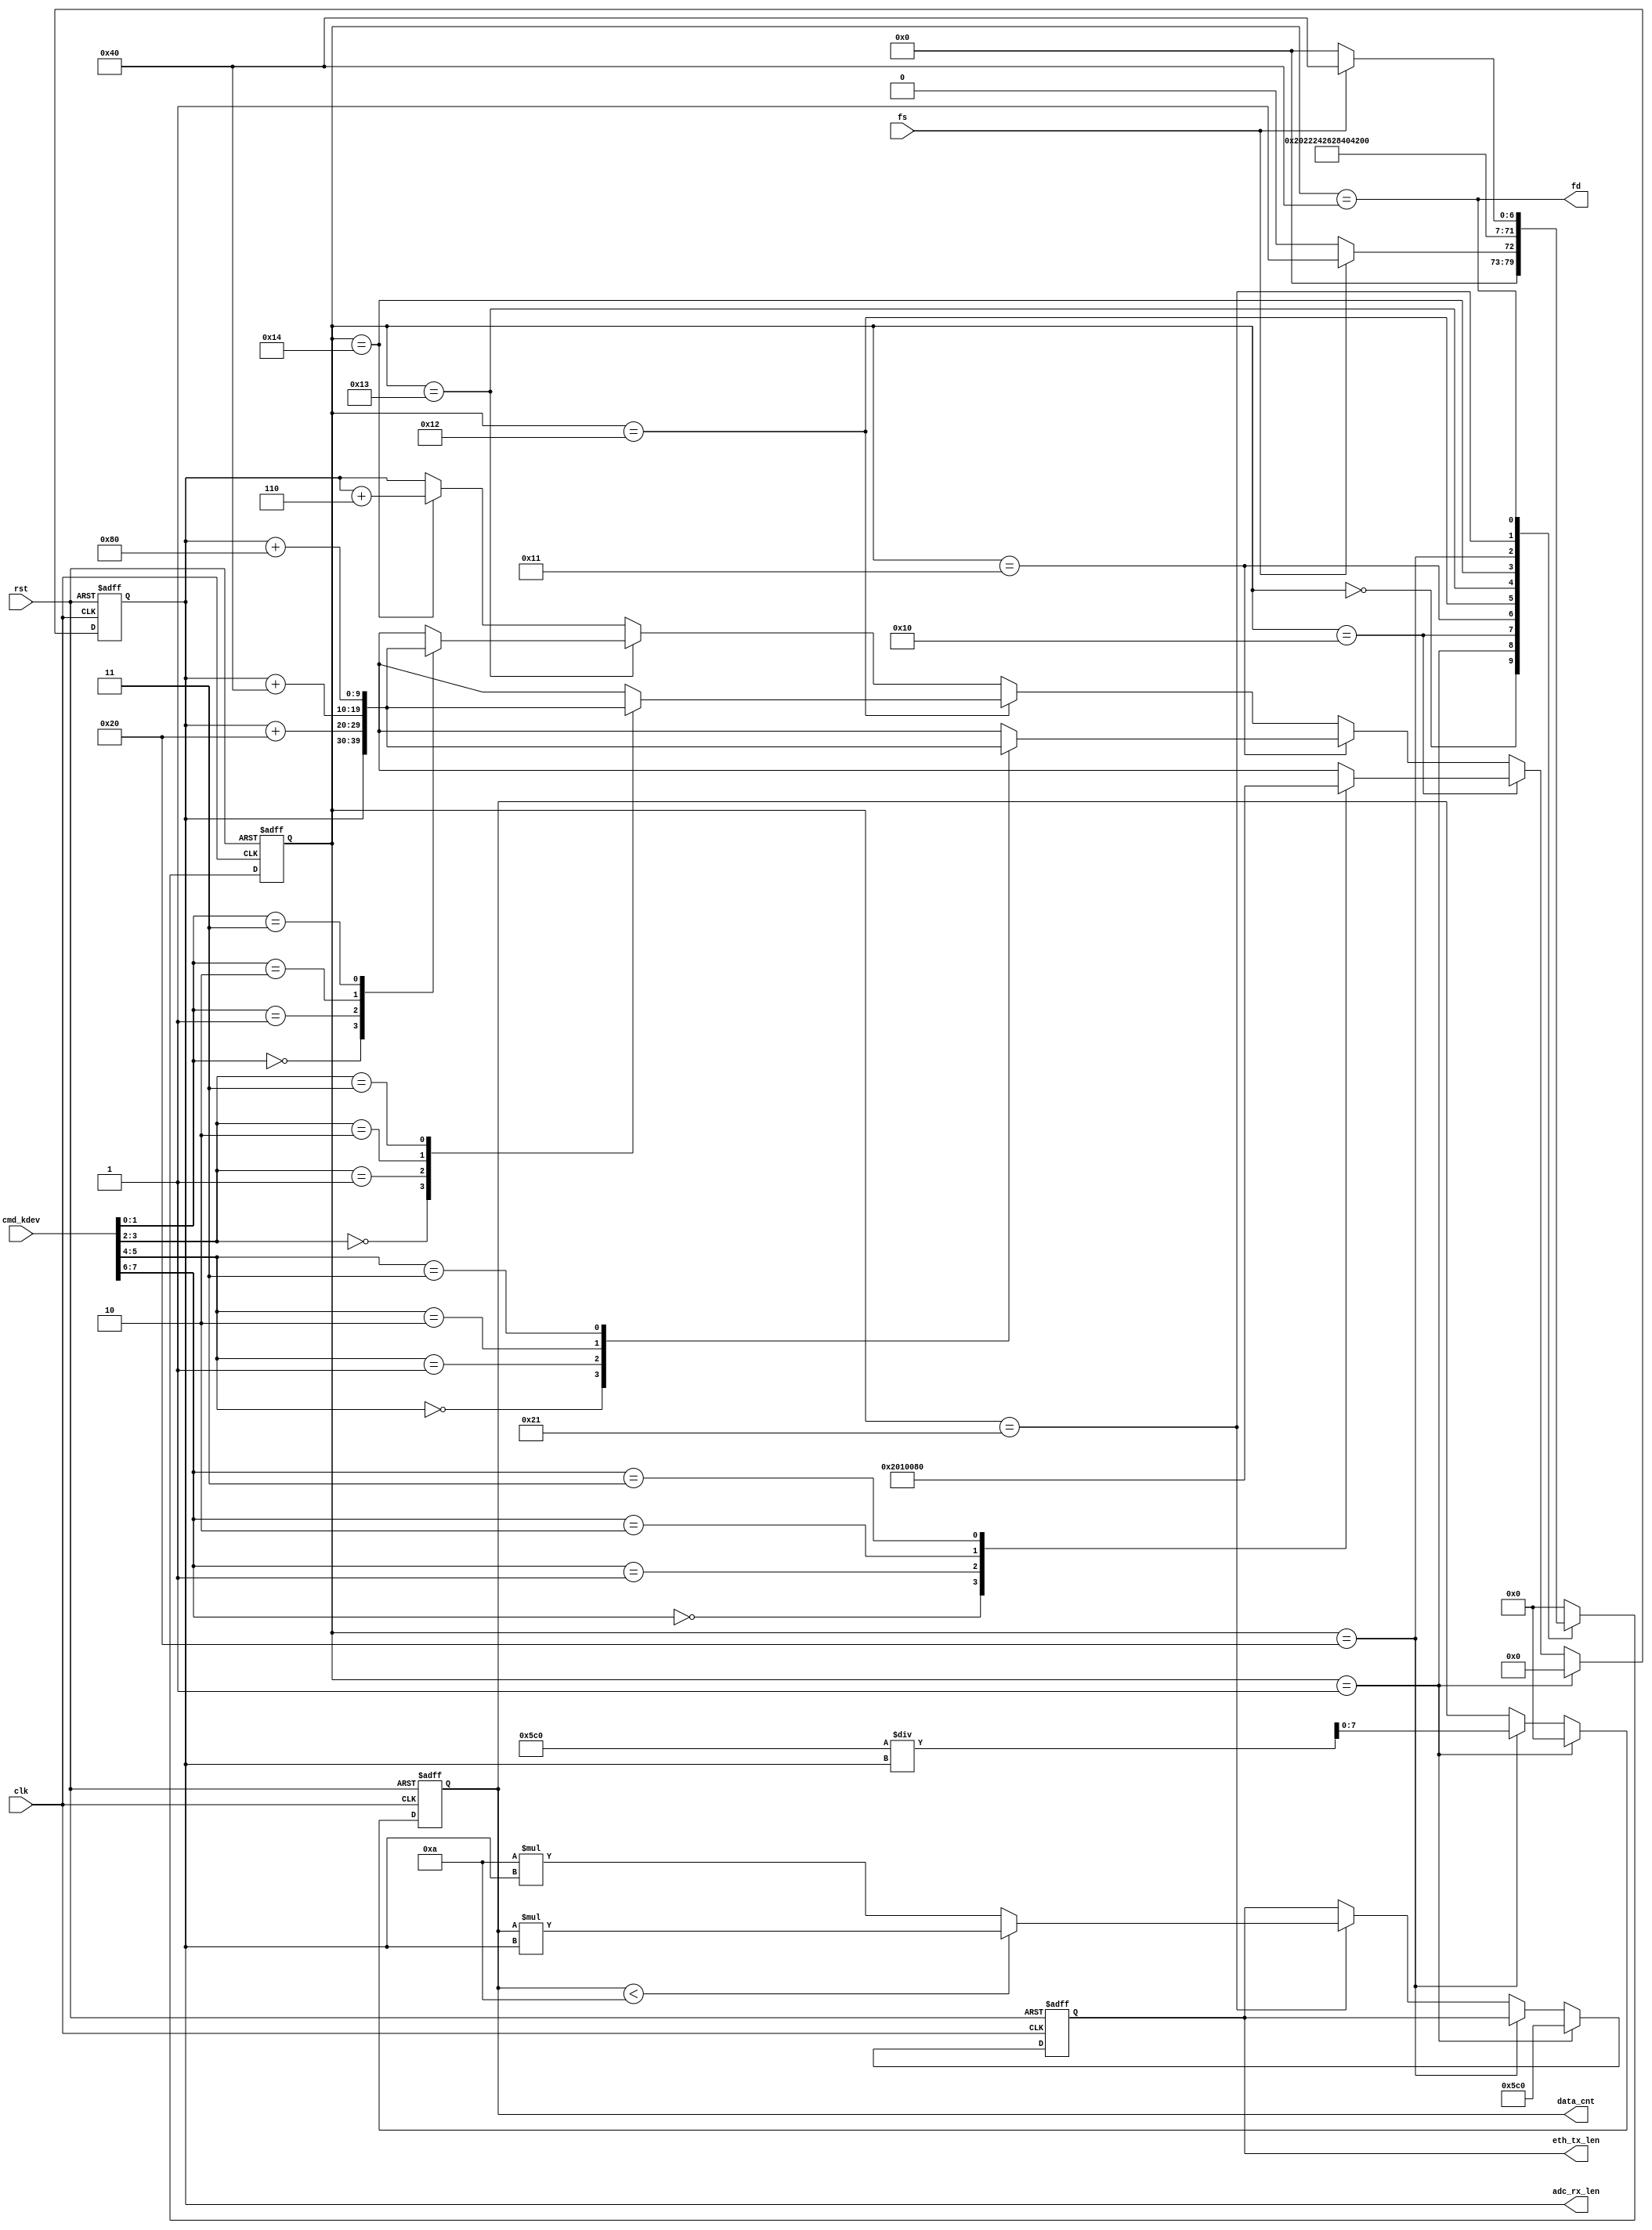
module cs_num(
    input clk,
    input rst,
    input [7:0] cmd_kdev,

    output [9:0] adc_rx_len,
    output [11:0] eth_tx_len,
    output [7:0] data_cnt,

    input fs,
    output fd
);

    localparam UDP_LEN = 12'd1472;
    localparam MAX_NUM = 8'd10;

    assign adc_rx_len = adc_data_len;
    assign eth_tx_len = mac_data_len;
    assign fd = (state == DONE);
    assign data_cnt = len_cnt;

    reg [7:0] len_cnt;
    reg [7:0] state, next_state;
    reg [9:0] adc_data_len;
    reg [11:0] mac_data_len;
    reg fd_cmac;
    localparam IDLE = 8'h00, PREP = 8'h01;
    localparam DEV0 = 8'h10, DEV1 = 8'h11, DEV2 = 8'h12, DEV3 = 8'h13;
    localparam CADC = 8'h14, CMAC = 8'h20, DMAC = 8'h21;
    localparam DONE = 8'h40;

    always@(posedge clk or posedge rst) begin
        if(rst) state <= IDLE;
        else state <= next_state;
    end

    always @(*) begin
        case(state)
            IDLE: begin
                if(fs) next_state <= PREP;
                else next_state <= IDLE;
            end
            PREP: next_state <= DEV0;
            DEV0: next_state <= DEV1;
            DEV1: next_state <= DEV2;
            DEV2: next_state <= DEV3;
            DEV3: next_state <= CADC;
            CADC: next_state <= CMAC;
            CMAC: next_state <= DMAC;
            DMAC: next_state <= DONE;
            DONE: begin
                if(fs == 1'b0) next_state <= IDLE;
                else next_state <= DONE;
            end
            default: next_state <= IDLE;
        endcase
    end

    always @(posedge clk or posedge rst) begin
        if(rst) adc_data_len <= 10'h0;
        else if(state == PREP) adc_data_len <= 10'h0;
        else if(state == DEV0) begin
            case (cmd_kdev[7:6])
                2'b00: adc_data_len <= 10'h00;
                2'b01: adc_data_len <= 10'h20;
                2'b10: adc_data_len <= 10'h40;
                2'b11: adc_data_len <= 10'h80;
                default: adc_data_len <= 10'h00;
            endcase
        end
        else if(state == DEV1) begin
            case (cmd_kdev[5:4])
                2'b00: adc_data_len <= adc_data_len;
                2'b01: adc_data_len <= adc_data_len + 10'h20;
                2'b10: adc_data_len <= adc_data_len + 10'h40;
                2'b11: adc_data_len <= adc_data_len + 10'h80;
                default: adc_data_len <= adc_data_len;
            endcase
        end
        else if(state == DEV2) begin
            case (cmd_kdev[3:2])
                2'b00: adc_data_len <= adc_data_len;
                2'b01: adc_data_len <= adc_data_len + 10'h20;
                2'b10: adc_data_len <= adc_data_len + 10'h40;
                2'b11: adc_data_len <= adc_data_len + 10'h80;
                default: adc_data_len <= adc_data_len;
            endcase
        end
        else if(state == DEV3) begin
            case (cmd_kdev[1:0])
                2'b00: adc_data_len <= adc_data_len;
                2'b01: adc_data_len <= adc_data_len + 10'h20;
                2'b10: adc_data_len <= adc_data_len + 10'h40;
                2'b11: adc_data_len <= adc_data_len + 10'h80;
                default: adc_data_len <= adc_data_len;
            endcase
        end
        else if(state == CADC) adc_data_len <= adc_data_len + 10'h6;
        else adc_data_len <= adc_data_len;
    end

    always @(posedge clk or posedge rst) begin
        if(rst) begin
            mac_data_len <= 12'h0;
            len_cnt <= 8'h0;
            fd_cmac <= 1'b0;
        end
        else if(state == PREP) begin
            mac_data_len <= UDP_LEN;
            len_cnt <= 8'h0;
            fd_cmac <= 1'b0;
        end
        else if(state == CMAC) begin
            len_cnt = UDP_LEN / adc_data_len;
        end
        else if (state == DMAC) begin
            if(len_cnt < MAX_NUM) mac_data_len <= len_cnt * adc_data_len;
            else mac_data_len <= MAX_NUM * adc_data_len;
        end
        else begin
            mac_data_len <= mac_data_len;
            len_cnt <= len_cnt;
        end
            

    end
endmodule